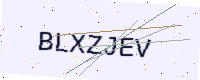
Text: BLXZJEV